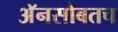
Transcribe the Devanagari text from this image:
अॅनसोबतच